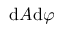
\mathrm { d } A \mathrm { d } \varphi